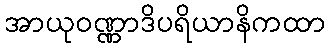
အာယုဝဏ္ဏာဒိပရိယာနိကထာ